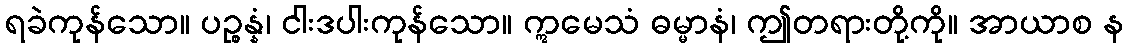
ရခဲကုန်သော။ ပဉ္စန္နံ၊ ငါးဒပါးကုန်သော။ ဣမေသံ ဓမ္မာနံ၊ ဤတရားတို့ကို။ အာယာစ န